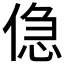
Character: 𠋎